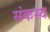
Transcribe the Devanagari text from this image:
संकस्य